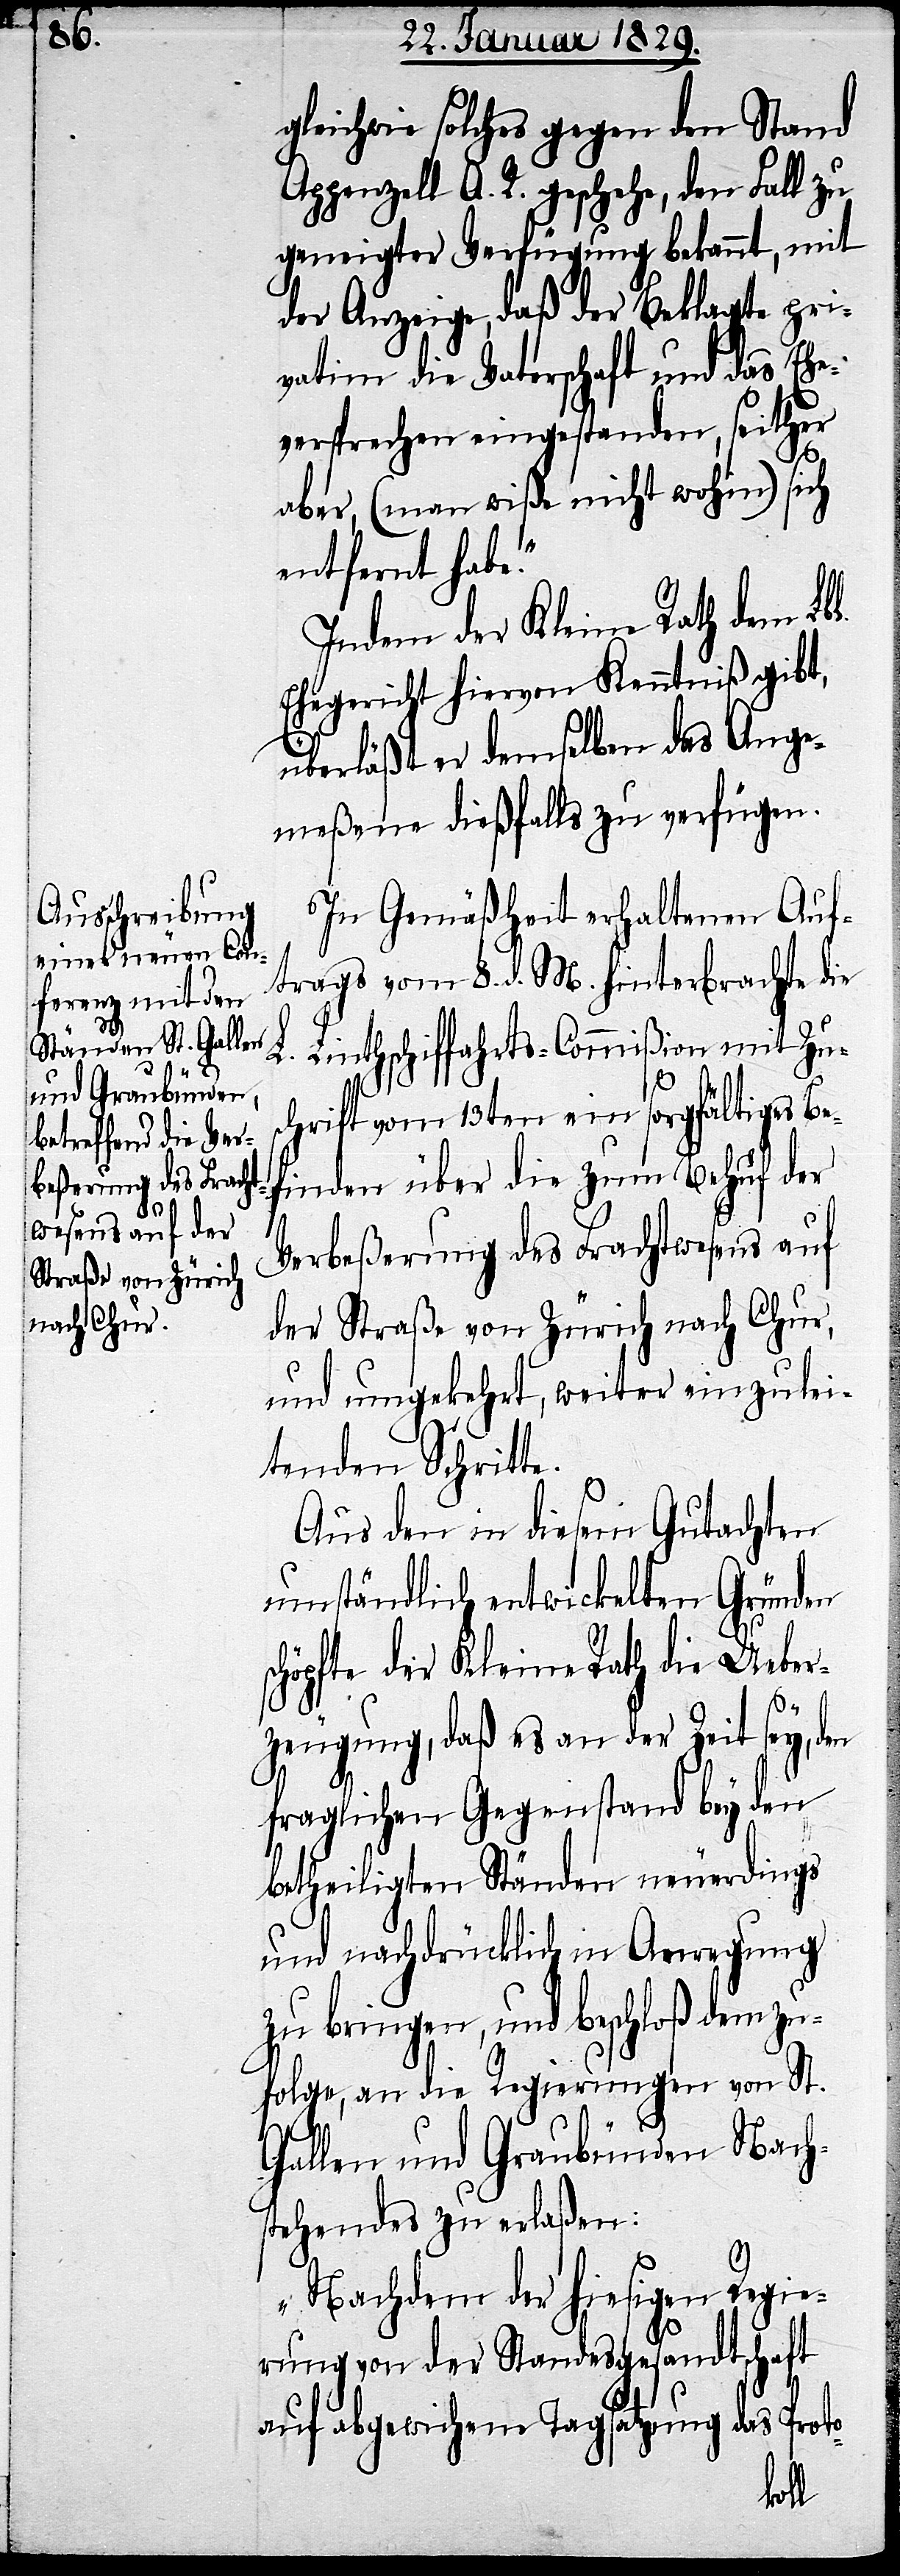
te.

gleichwie solches gegen den Stand
Appenzell A. R. geschehe, den Fall zu
geneigter Verfügung bekannt, mit
der Anzeige, daß der Beklagte pri¬
vatim die Vaterschaft und das Ehe¬
versprechen eingestanden, seither
aber, (man wiße nicht wohin) sich
entfernt habe.“
Indem der Kleine Rath dem Lbl.
Ehegericht hiervon Kenntniß gibt,
überläßt er demselben das Ange¬
meßene dießfalls zu verfügen.
In Gemäßheit erhaltenen Auf¬
trags vom 8. d. M. hinterbrachte die
L. Linthschiffahrts-Commißion mit Zu¬
schrift vom 13ten ein sorgfältiges Be¬
finden über die zum Behuf der
Verbeßerung des Frachtwesens auf
der Straße von Zürich nach Chur,
und umgekehrt, weiter einzulei¬
tenden Schrit¬
Aus den in diesem Gutachten
umständlich entwickelten Gründen
schöpfte der Kleine Rath die Ueber¬
zeugung, daß es an der Zeit sey, den
fraglichen Gegenstand bey den
betheiligten Ständen neuerdings
und nachdrücklich in Anregung
zu bringen, und beschloß demzu¬
folge, an die Regierungen von St.
Gallen und Graubünden Nachs¬
tehendes zu erlaßen:
„Nachdem der hiesigen Regie¬
rung von der Standesgesandtschaft
auf abgewichene Tagsatzung das Proto-